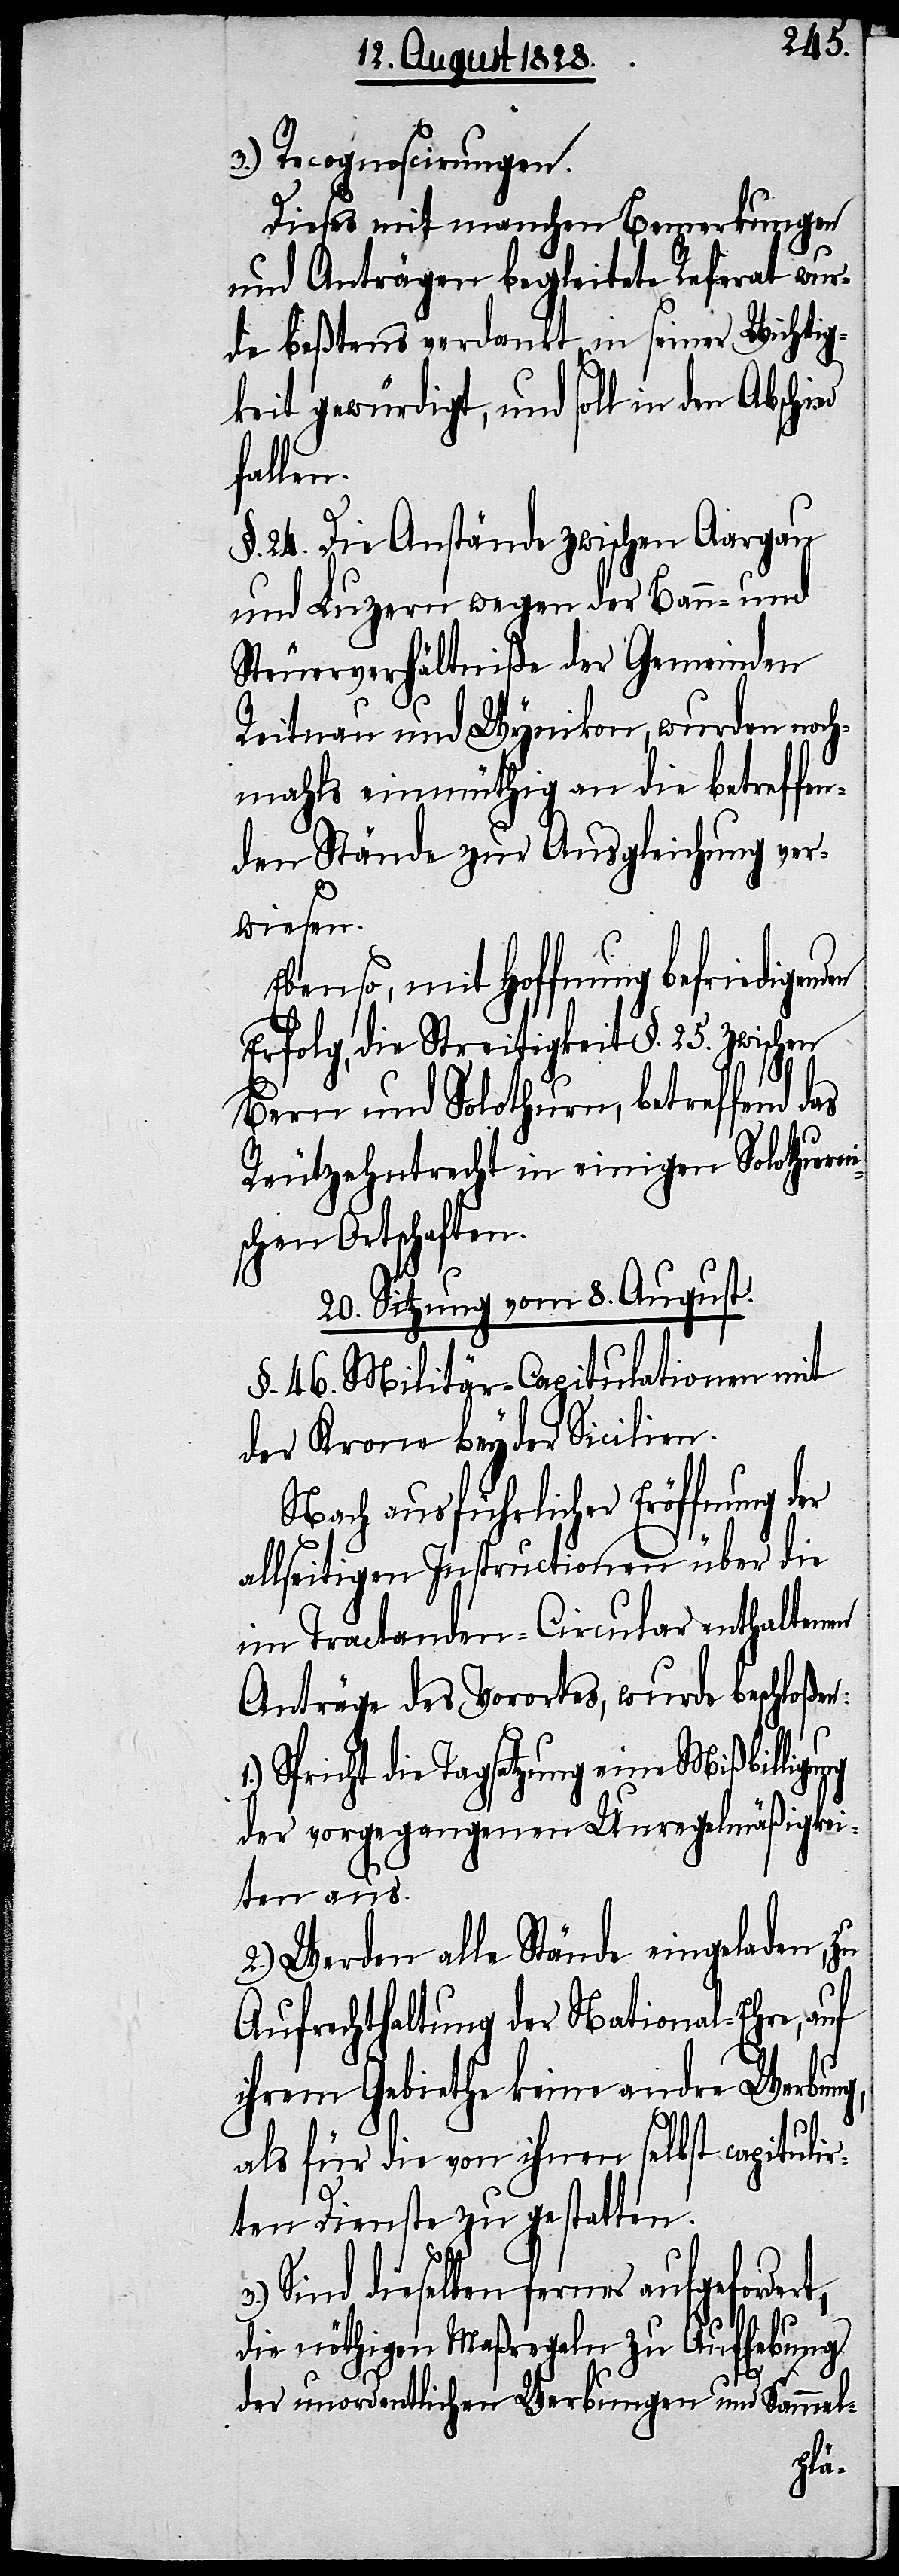
3.) Recognoscirungen.
Dieses mit manchen Bemerkungen
und Anträgen begleitete Referat wur¬
de beßtens verdankt, in seiner Wichtig¬
keit gewürdigt, und soll in den
fallen.
§. 24. Die Anstände zwischen Aargau
und Luzern wegen der Bann- und
Steuerverhältniße der Gemeinden
Reitnau und Wynikon, wurden noch¬
mahls einmüthig an die betreffen¬
den Stände zur Ausgleichung ver¬
wiesen.
Ebenso, mit Hoffnung befriedigen¬
lg[es], die Streitigkeit §. 25. zwischen
Bern und Solothurn, betreffend
Reutzehntrecht in einigen Solothurni¬
schen Ortschaften.
20. Sitzung vom 8. August.
§. 46. Militär-Capitulationen mit
der Krone beyder Sicilien.
Nach ausführlicher Eröffnung der
allseitigen Instructionen über die
im Tractanden-Circular enthaltenen
Anträge des Vorortes, wurde beschloßen:
Spricht die Tagsatzung eine Mißbilligung
der vorgegangenen Unregelmäßigkei¬
ten aus.
2.) Werden alle Stände eingeladen, zu
Aufrechthaltung der National-Ehre, auf
ihrem Gebiethe keine andre Werbung,
als für die von ihnen selbst capitulir¬
ten Dienste zu gestatten.
Sind dieselben ferner aufgefordert,
die nöthigen Maßregeln zu Aufhebung
den
der unordentlichen Werbungen und Sammel-
Erfo¬